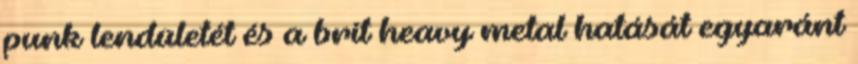
punk lendületét és a brit heavy metal hatását egyaránt